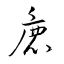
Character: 麁